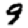
Digit: 9